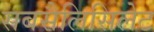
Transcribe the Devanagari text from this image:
सबसैलिसिलेट